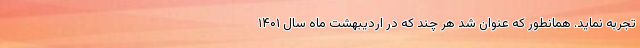
تجربه نماید. همانطور که عنوان شد هر چند که در اردیبهشت ‌ماه سال ۱۴۰۱